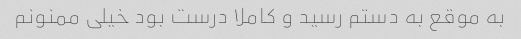
به موقع به دستم رسید و کاملا درست بود خیلی ممنونم